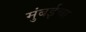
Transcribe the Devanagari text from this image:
मुंबईच्य